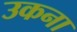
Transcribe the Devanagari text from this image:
उकना